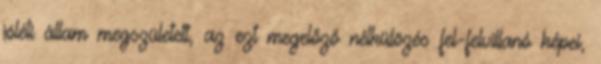
jóléti állam megszületett, az ezt megelőző nélkülözés fel-felvillanó képei,